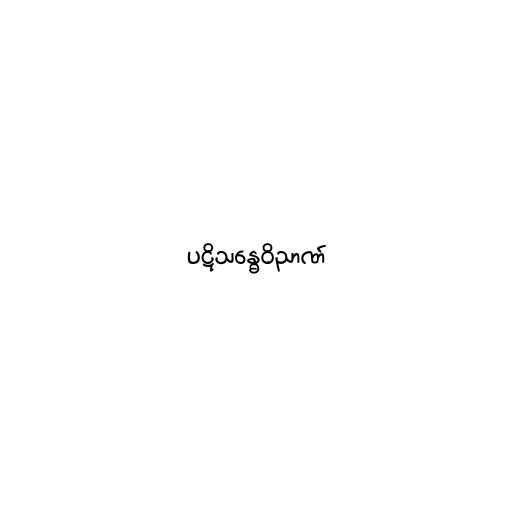
ပဋိသန္ဓေဝိညာဏ်